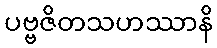
ပဗ္ဗဇိတသဟဿာနိ